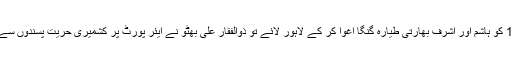
30 جنوری1971 کو ہاشم اور اشرف بھارتی طیارہ گنگا اغوا کر کے لاہور لائے تو ذوالفقار علی بھٹو نے ایئر پورٹ پر کشمیری حریت پسندوں سے ملاقات کی تھی۔